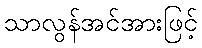
သာလွန်အင်အားဖြင့်